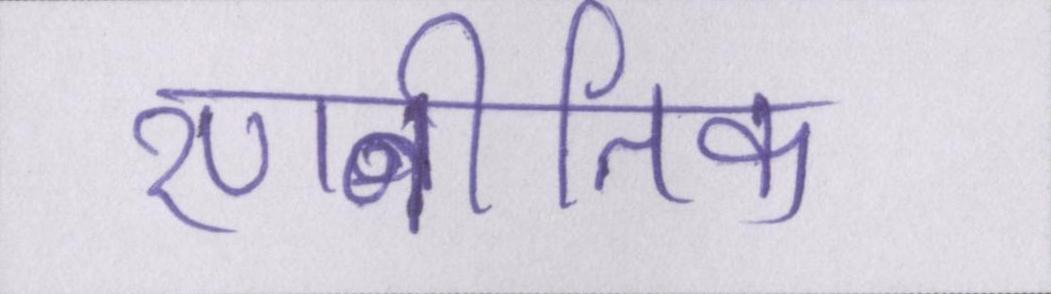
रणनीतिक